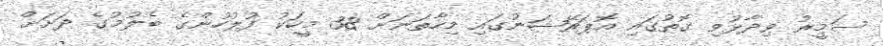
ސަމީރު ވިދާޅުވި ގޮތުގައި އޮޕަރޭޝަނުގައި މިހާތަނަށް 38 މީހަކު ފުލުހުންގެ ބެލުމުގެ ދަށަށް